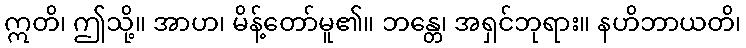
ဣတိ၊ ဤသို့။ အာဟ၊ မိန့်တော်မူ၏။ ဘန္တေ၊ အရှင်ဘုရား။ နဟိဘာယတိ၊